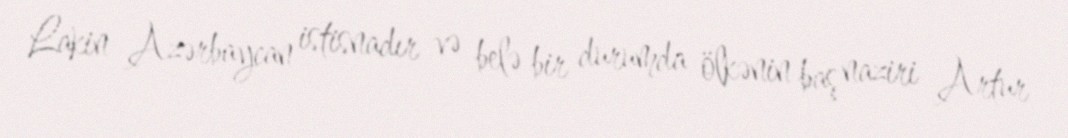
Lakin Azərbaycan istisnadır və belə bir durumda ölkənin baş naziri Artur